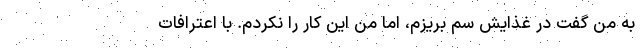
به من گفت در غذایش سم بریزم، اما من این کار را نکردم. با اعترافات